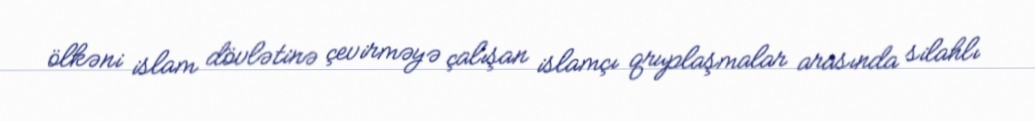
ölkəni islam dövlətinə çevirməyə çalışan islamçı qruplaşmalar arasında silahlı